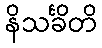
နိသင်္ခိတိ